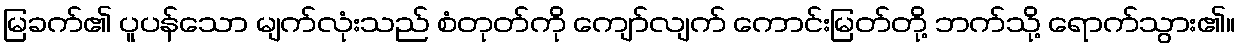
မြခက်၏ ပူပန်သော မျက်လုံးသည် စံတုတ်ကို ကျော်လျက် ကောင်းမြတ်တို့ ဘက်သို့ ရောက်သွား၏။